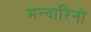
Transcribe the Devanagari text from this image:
मन्दारिनों